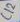
Text: C12